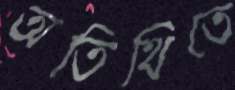
অতিথিতে